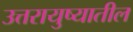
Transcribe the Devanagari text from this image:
उत्तरायुष्यातील